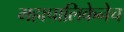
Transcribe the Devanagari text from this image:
महापालिकेनेच